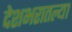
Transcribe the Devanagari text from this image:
देशभरातल्या